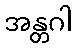
အန္တဂါ